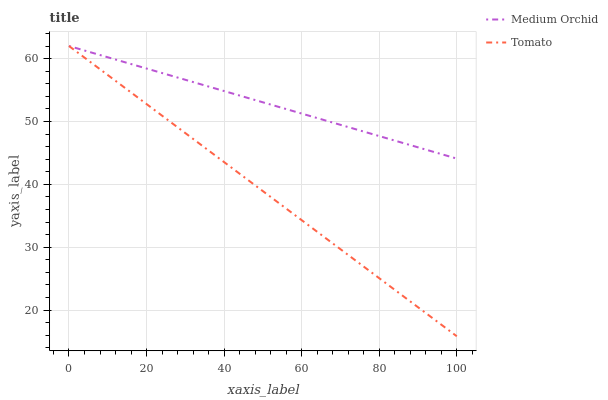
| xaxis_label | Medium Orchid | Tomato |
 | --- | --- | --- |
 | 0 | 62 | 62 |
 | 7.69 | 60.6 | 58.4 |
 | 15.4 | 59.2 | 54.9 |
 | 23.1 | 57.9 | 51.3 |
 | 30.8 | 56.5 | 47.8 |
 | 38.5 | 55.1 | 44.2 |
 | 46.2 | 53.7 | 40.7 |
 | 53.8 | 52.4 | 37.1 |
 | 61.5 | 51 | 33.6 |
 | 69.2 | 49.6 | 30 |
 | 76.9 | 48.2 | 26.5 |
 | 84.6 | 46.8 | 22.9 |
 | 92.3 | 45.5 | 19.4 |
 | 100 | 44.1 | 15.8 |